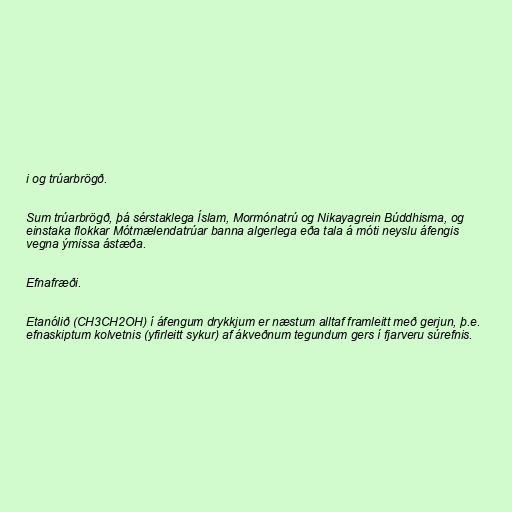
i og trúarbrögð.

Sum trúarbrögð, þá sérstaklega Íslam, Mormónatrú og Nikayagrein Búddhisma, og
einstaka flokkar Mótmælendatrúar banna algerlega eða tala á móti neyslu áfengis
vegna ýmissa ástæða.

Efnafræði.

Etanólið (CH3CH2OH) í áfengum drykkjum er næstum alltaf framleitt með gerjun, þ.e.
efnaskiptum kolvetnis (yfirleitt sykur) af ákveðnum tegundum gers í fjarveru súrefnis.